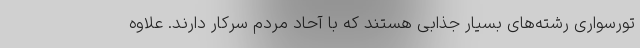
تورسواری رشته‌های بسیار جذابی هستند که با آحاد مردم سرکار دارند. علاوه